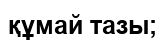
құмай тазы;